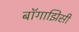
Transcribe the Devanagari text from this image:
बॉगाझिसी